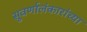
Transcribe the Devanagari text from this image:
सुवर्णालंकारांच्या